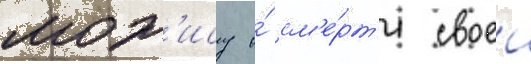
мор'ису о́ см'е́рт'и своеи